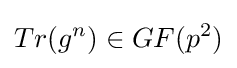
Tr(g^{n})\in GF(p^{2})